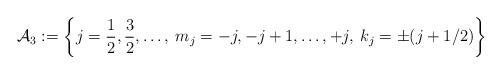
LaTeX: \begin{align*}\mathcal{A}_3:=\left\{j=\frac12,\frac32,\dots, \: m_{j}=-j,-j+1,\dots,+j, \: k_{j}=\pm(j+1/2)\right\}\end{align*}